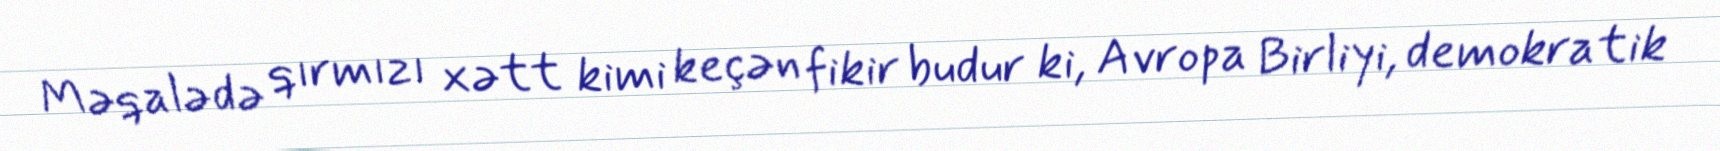
Məqalədə qırmızı xətt kimi keçən fikir budur ki, Avropa Birliyi, demokratik